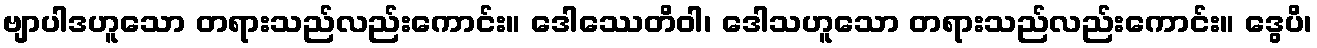
ဗျာပါဒဟူသော တရားသည်လည်းကောင်း။ ဒေါဿေတိဝါ၊ ဒေါသဟူသော တရားသည်လည်းကောင်း။ ဒွေပိ၊